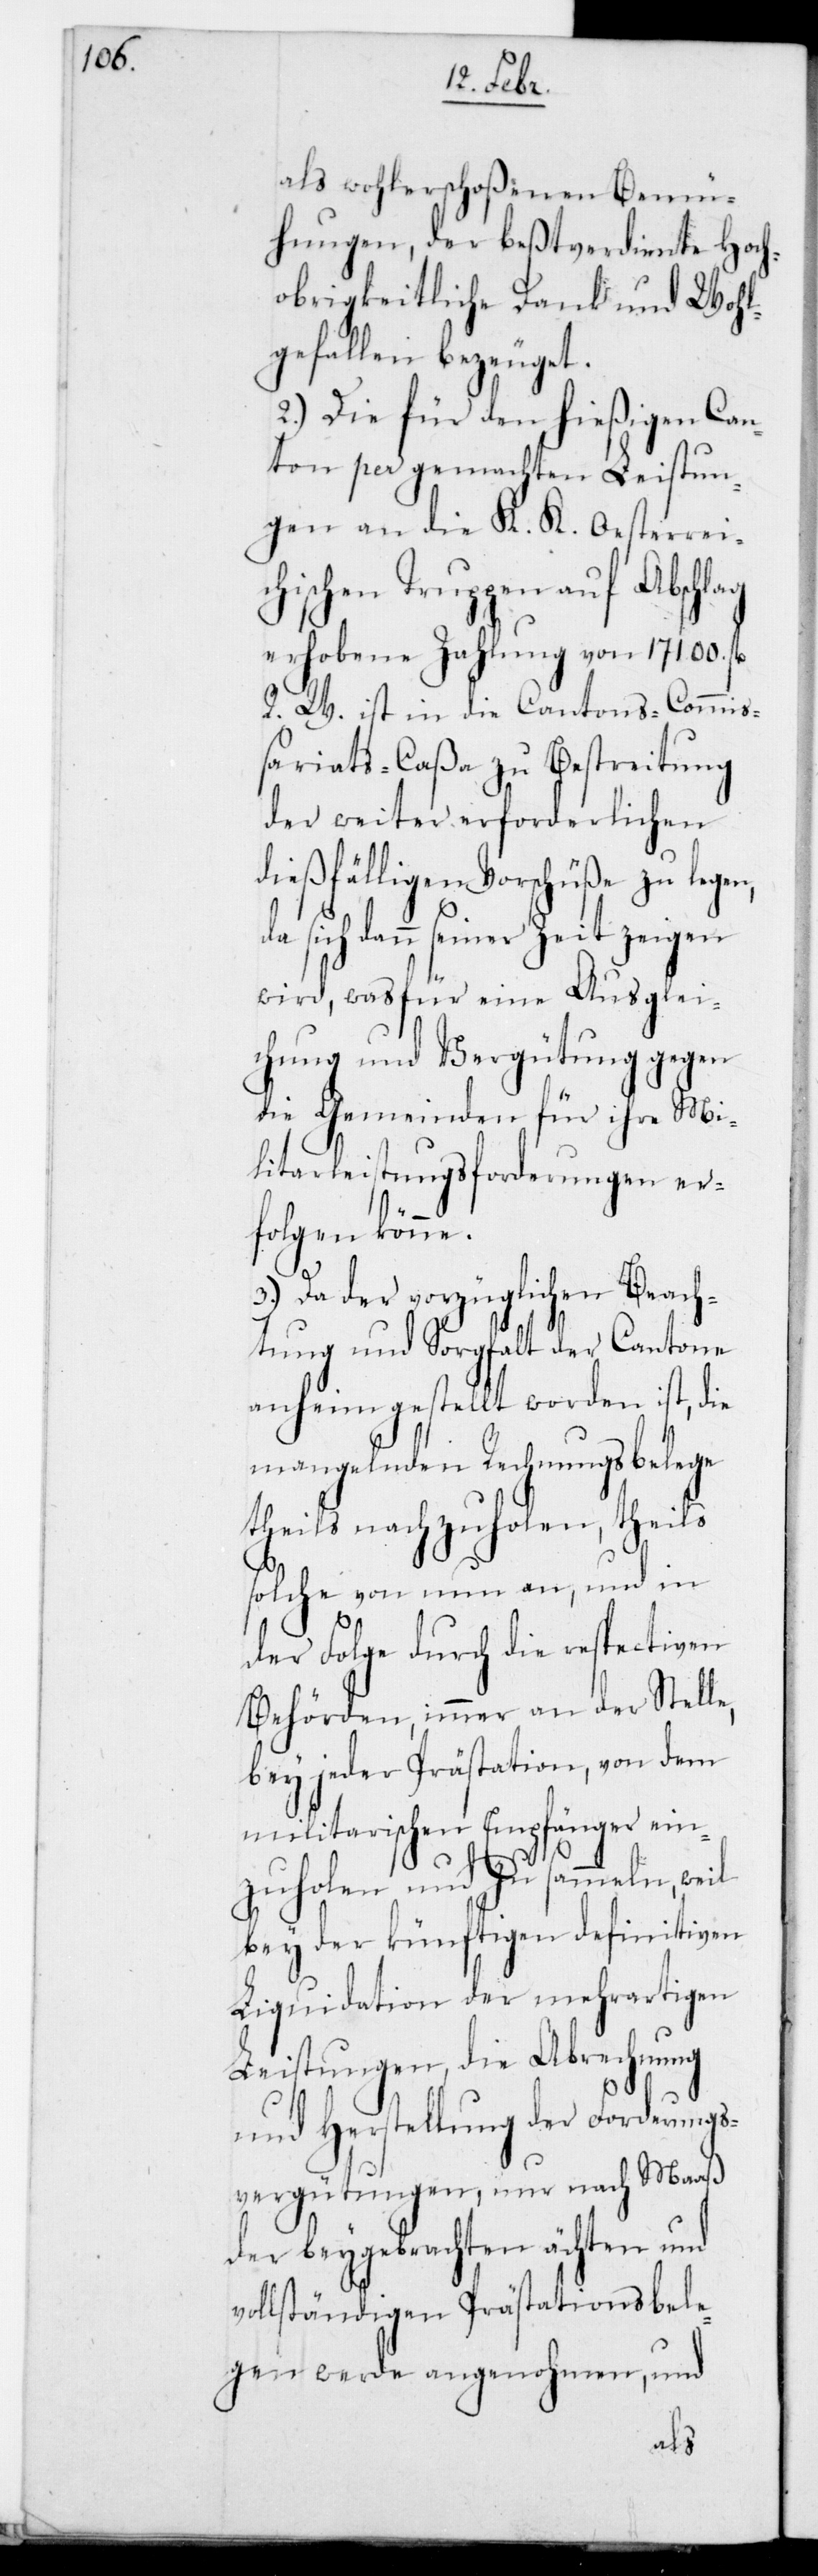
als wohlerschoßenen Bemü¬
hungen, der beßtverdiente Hoch¬
obrigkeitliche Dank und Wohl¬
gefallen bezeuget.
2.) Die für den hießigen Can¬
ton per gemachten Leistun¬
gen an die K. K. Oesterrei¬
chischen Truppen auf Abschlag
erhobene Zahlung von 17,100. f¬
R. W. ist in die Cantons-Commiß¬
ariats-Caßa zu Bestreitung
der weiter erforderlichen
dießfälligen Vorschüße zu legen,
sich dann seiner Zeit zeigen
wird, was für eine Ausglei¬
chung und Vergütung gegen
die Gemeinden für ihre Mi¬
litarleistungsforderungen er¬
folgen könne.
3.) Da der vorzüglichen Beach¬
tung und Sorgfalt der Cantone
anheimgestellt worden ist, die
mangelnden Rechnungsbelege
theils nachzuholen, theils
l.
solche von nun an, und in
der Folge durch die respectiven
Behörden, immer an der Stelle,
bey jeder Prästation, von dem
militarischen Empfänger ein¬
zuholen und zu sammeln, weil
bey der künftigen definitiven
Liquidation der mehrartigen
Leistungen, die Abrechnung
und Herstellung der Forderung¬
s-Vergütungen, nur nach Maaß
der beygebrachten echten und
vollständigen Prästationsbele¬
gen werde angenohmen, und